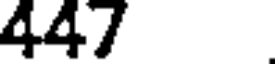
447